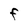
Character: f